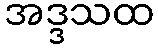
အဒ္ဒသထ